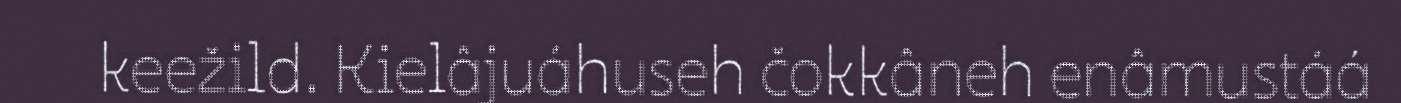
keežild. Kielâjuáhuseh čokkâneh enâmustáá